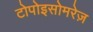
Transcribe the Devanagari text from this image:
टोपोइसोमरेज़